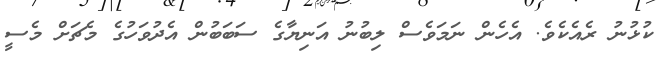
ކުޅުނު ރެއެކެވެ. އެހެން ނަމަވެސް ލިބުނު އަނިޔާގެ ސަބަބުން އެދުވަހުގެ މެޗަށް މެސީ